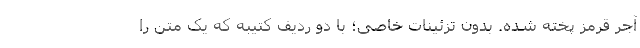
آجر قرمز پخته شده. بدون تزئینات خاصی؛ با دو ردیف کتیبه که یک متن را